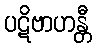
ပဋိဗာဟန္တီ